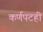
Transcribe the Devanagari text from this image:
कर्णपटही